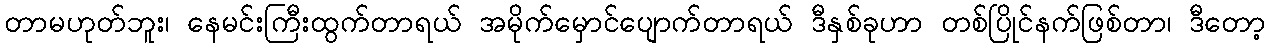
တာမဟုတ်ဘူး၊ နေမင်းကြီးထွက်တာရယ် အမိုက်မှောင်ပျောက်တာရယ် ဒီနှစ်ခုဟာ တစ်ပြိုင်နက်ဖြစ်တာ၊ ဒီတော့